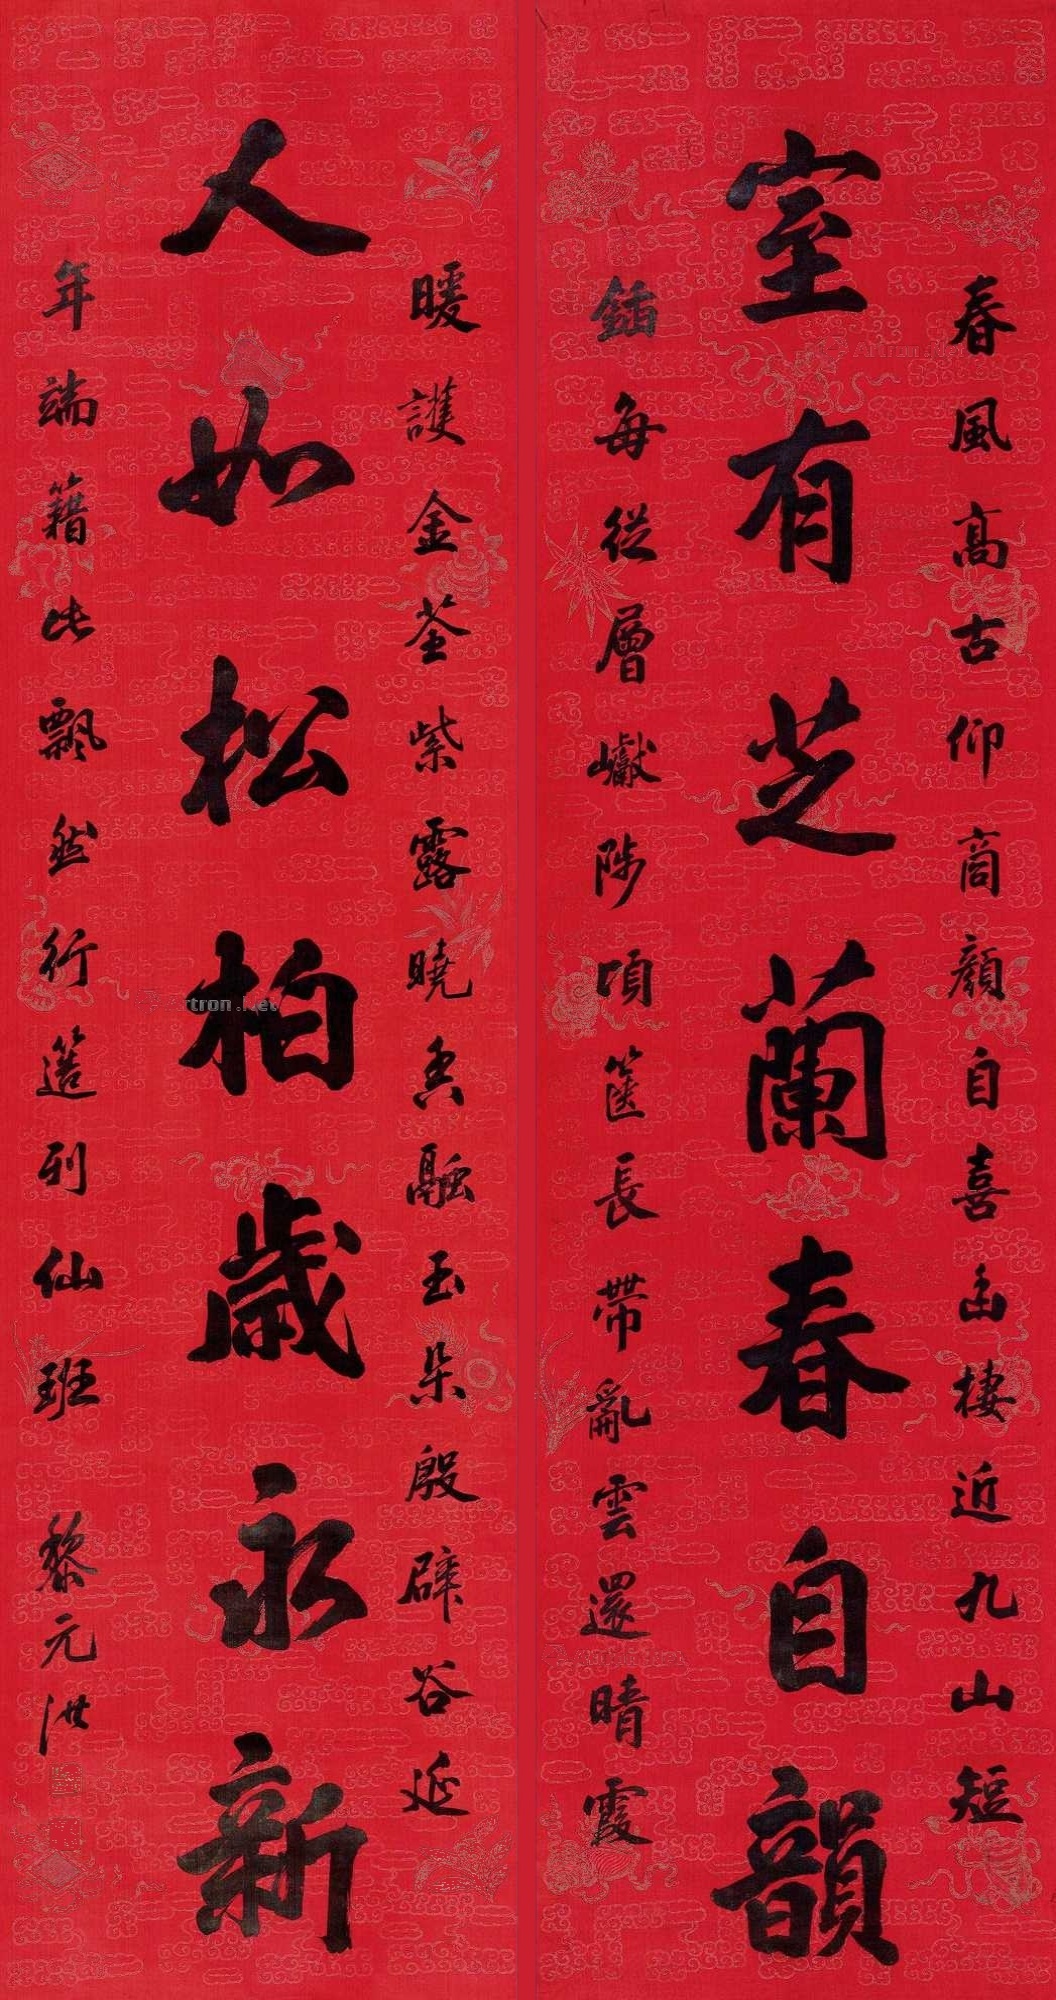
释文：室友芝兰春自韵，人如松柏岁永新。春风高古仰商颜，自喜幽栖近九山。短锸每从层𪩘陟，顷箧长带乱云还。晴霞暖护金荃紫，露晓香融玉朵殷。辟谷延年端籍此，漂染行簉列仙班。黎元洪。